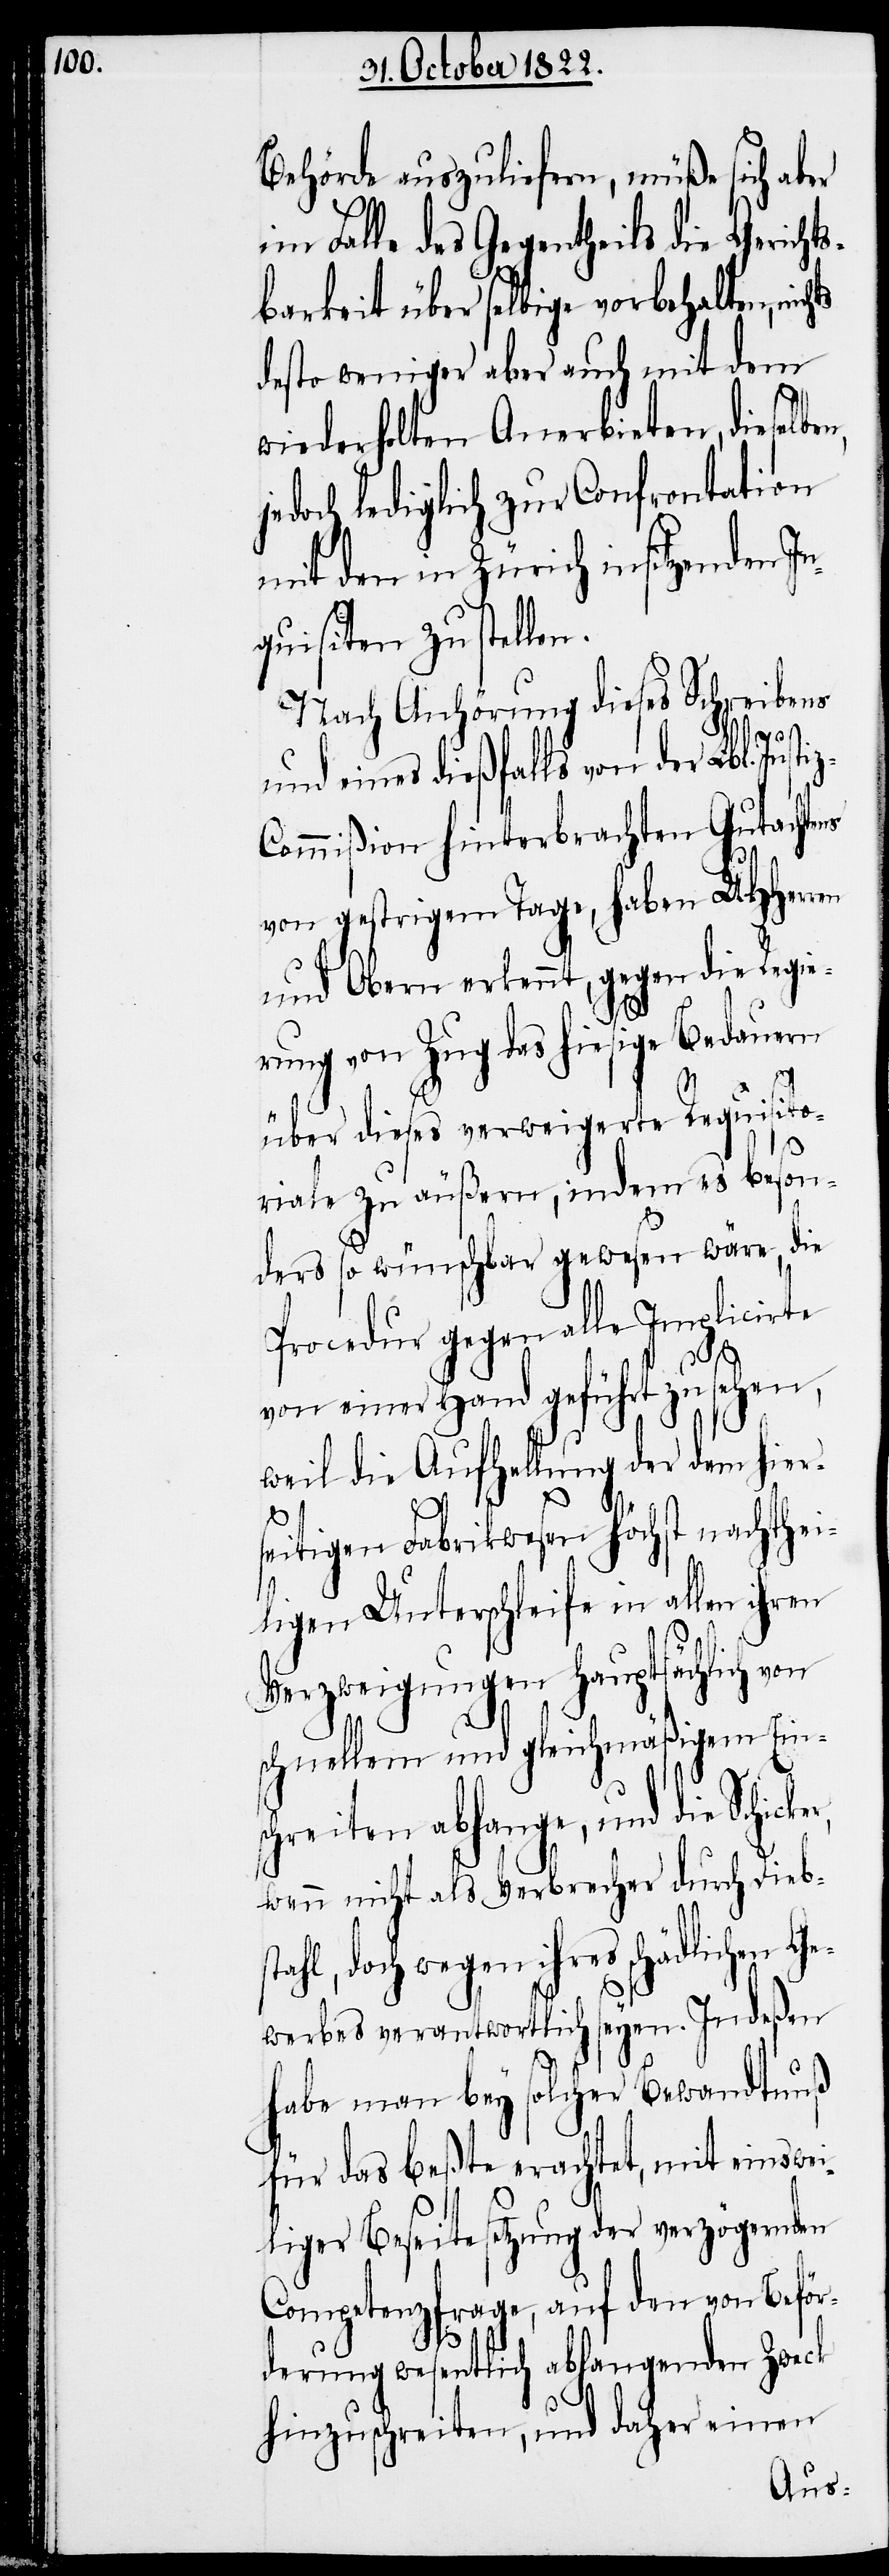
Behörde auszuliefern, müße sich aber
im Falle des Gegentheils die Gerichts¬
barkeit über selbige vorbehalten, nic¬
desto weniger aber auch mit dem
wiederholten Anerbieten, dieselben,
jedoch lediglich zur Confrontation
mit den in Zürich insitzenden In¬
quisiten zu stellen.
Nach Anhörung dieses Schreibens
ns
und eines dießfalls von der Lbl. Justi¬
ommißion hinterbrachten Gutachte¬
von gestrigem Tage, haben UHHerren
und Obern erkennt, gegen die Regie¬
rung von Zug das hiesige Bedauern
über dieses verweigerte Requisito¬
riale zu äußern, indem es beson¬
ders so wünschbar gewesen wäre, die
Procedur gegen alle Implicirte
z-C¬
von einer Hand geführt zu sehen,
weil die Aufhellung der dem hier¬
tahl,
seitigen Fabrikwesen höchst nachthei¬
ligen Unterschleife in allen ihren
Verzweigungen haupsächlich von
schnellem und gleichmäßigem Eins¬
chreiten abhangen, und die
wenn nicht als Verbrecher durch Diebs¬
der verzögernden
ewerbes verantwortlich seyen. Indeßen
habe man bey solcher Bewandtnuß
für das beßte erachtet, mit einswe¬
Competenzfrage, auf den von Beför¬
derung wesentlich abhangenden Zweck
hinzuschreiten, und daher einen